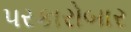
પરકારોબાર